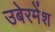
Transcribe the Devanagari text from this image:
उबेरमेंश